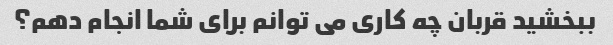
ببخشید قربان چه کاری می توانم برای شما انجام دهم؟